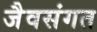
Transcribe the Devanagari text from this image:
जैवसंगत